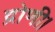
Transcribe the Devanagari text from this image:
द्रोणी।